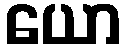
ယော